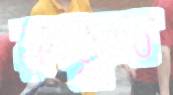
রুকুন